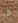
لها